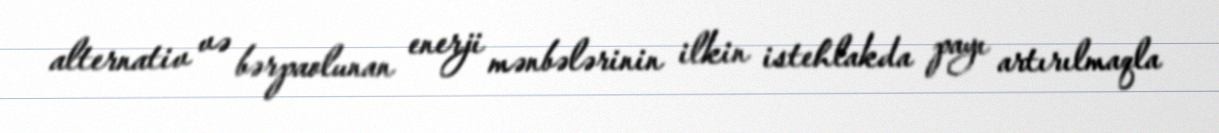
alternativ və bərpaolunan enerji mənbələrinin ilkin istehlakda payı artırılmaqla